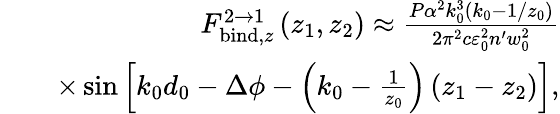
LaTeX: \begin{array}{rlr}&{}&{F_{\mathrm{bind},z}^{2\rightarrow 1}\left(z_{1},z_{2}\right)\approx\frac{P\alpha^{2}k_{0}^{3}\left(k_{0}-1/z_{0}\right)}{2\pi^{2}c\varepsilon_{0}^{2}n^{\prime}w_{0}^{2}}}\\ &{}&{\times\sin\left[k_{0}d_{0}-\Delta\phi-\left(k_{0}-\frac{1}{z_{0}}\right)\left(z_{1}-z_{2}\right)\right],}\end{array}